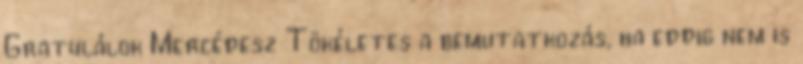
Gratulálok Mercédesz Tökéletes a bemutatkozás, ha eddig nem is